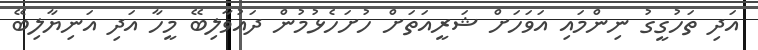
އަދި ތަހުގީގު ނިންމައި އަވަހަށް ޝަރީއަތަށް ހުށަހެޅުމުން ދައުވާލިބޭ މީހާ އަދި އަނިޔާލިބޭ